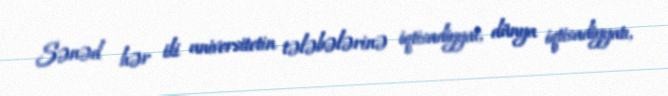
Sənəd hər iki universitetin tələbələrinə iqtisadiyyat, dünya iqtisadiyyatı,